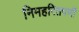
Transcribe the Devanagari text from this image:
निमहरितपर्णी